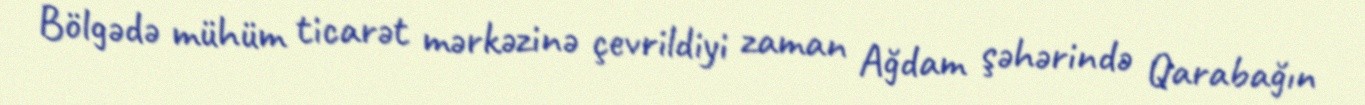
Bölgədə mühüm ticarət mərkəzinə çevrildiyi zaman Ağdam şəhərində Qarabağın